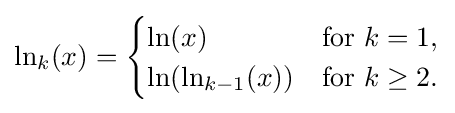
\ln _{k}(x)={\begin{cases}\ln(x)&{\text{for }}k=1,\\\ln(\ln _{k-1}(x))&{\text{for }}k\geq 2.\end{cases}}